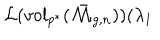
\mathcal { L ( } v o l _ { p ^ { \ast } } ( \mathcal { \bar { M } } _ { g , n } ) ) ( \lambda _ { 1 }